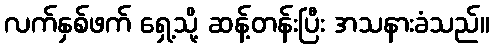
လက်နှစ်ဖက် ရှေ့သို့ ဆန့်တန်းပြီး အသနားခံသည်။